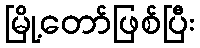
မြို့တော်ဖြစ်ပြီး